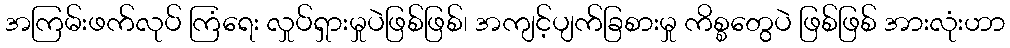
အကြမ်းဖက်လုပ် ကြံရေး လှုပ်ရှားမှုပဲဖြစ်ဖြစ်၊ အကျင့်ပျက်ခြစားမှု ကိစ္စတွေပဲ ဖြစ်ဖြစ် အားလုံးဟာ